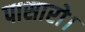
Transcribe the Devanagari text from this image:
पासारो।